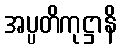
အပ္ပတိကုဋ္ဌာနိ